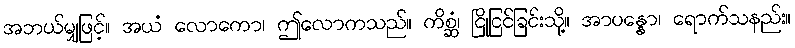
အဘယ်မျှဖြင့်။ အယံ လောကော၊ ဤလောကသည်။ ကိစ္ဆံ၊ ငြိုငြင်ခြင်းသို့။ အာပန္နော၊ ရောက်သနည်း။